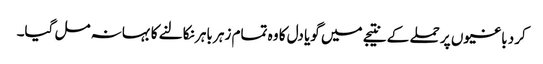
کرد باغیوں پر حملے کے نتیجے میں گویا دل کا وہ تمام زہر باہر نکالنے کا بہانہ مل گیا۔